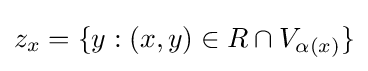
z_{x}=\{y:(x,y)\in R\cap V_{\alpha (x)}\}